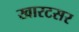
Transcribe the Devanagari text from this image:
खारटसर